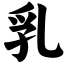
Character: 乳